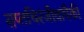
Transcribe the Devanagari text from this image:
सप्तचिरंजीवांपैकी